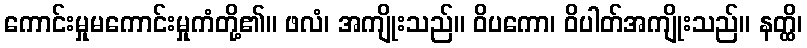
ကောင်းမှုမကောင်းမှုကံတို့၏။ ဖလံ၊ အကျိုးသည်။ ဝိပကော၊ ဝိပါတ်အကျိုးသည်။ နတ္ထိ၊